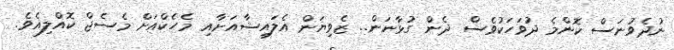
ނުދެވުނަސް ކޮންމެ ދުވަހަކުވެސް ދެން ގުޅާނަން.. ޒެވިޔަން އެލައިޝާއަށާއި މެހެކްއަށް މެސެޖް ކޮއްލިއެވެ.